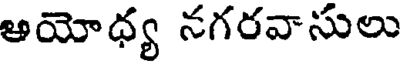
ఆయోధ్య నగరవాసులు